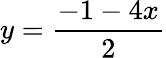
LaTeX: y=\frac{-1-4x}{2}